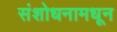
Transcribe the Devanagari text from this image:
संशोधनामधून